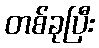
တစ်ခုပြီး